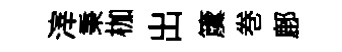
滓秉枷出𥵂巻鄜